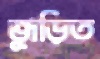
জুড়িত